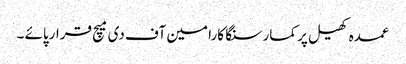
عمدہ کھیل پر کمارسنگا کارا مین آف دی میچ قرارپائے ۔